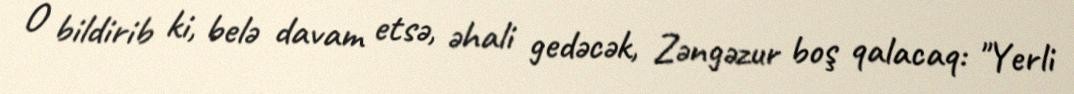
O bildirib ki, belə davam etsə, əhali gedəcək, Zəngəzur boş qalacaq: "Yerli